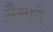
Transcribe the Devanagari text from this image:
सैनाये